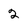
Character: 2